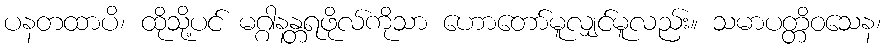
ပနတထာပိ၊ ထိုသို့ပင် မဂ္ဂါနန္တရဖိုလ်ကိုသာ ဟောတော်မူလျှင်မူလည်း။ သမာပတ္တိဝသေန၊